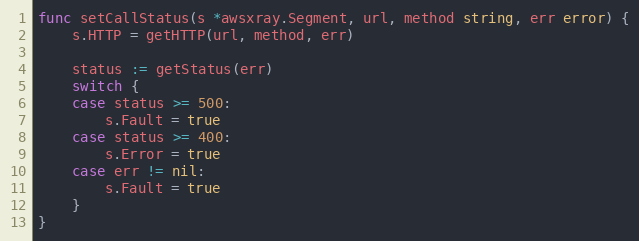
Language: Go
func setCallStatus(s *awsxray.Segment, url, method string, err error) {
	s.HTTP = getHTTP(url, method, err)

	status := getStatus(err)
	switch {
	case status >= 500:
		s.Fault = true
	case status >= 400:
		s.Error = true
	case err != nil:
		s.Fault = true
	}
}